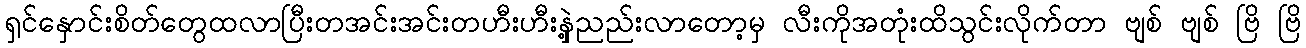
ရှင်နှောင်းစိတ်တွေထလာပြီးတအင်းအင်းတဟီးဟီးနှဲ့ညည်းလာတော့မှ လီးကိုအတုံးထိသွင်းလိုက်တာ ဗျစ် ဗျစ် ဗြိ ဗြိ